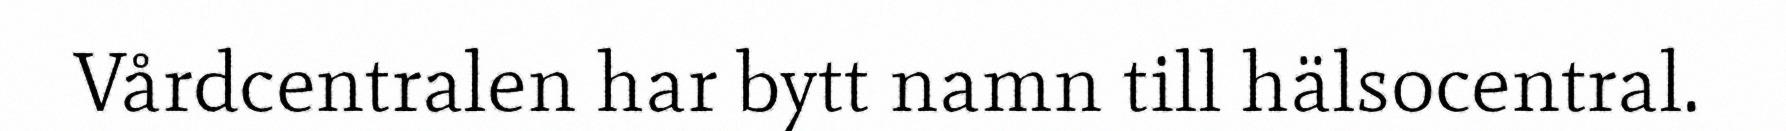
Vårdcentralen har bytt namn till hälsocentral.